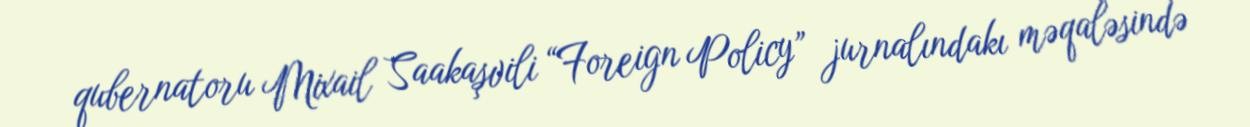
qubernatoru Mixail Saakaşvili “Foreign Policy” jurnalındakı məqaləsində